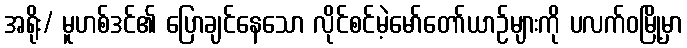
အရိုး/ မူဟစ်ဒင်၏ ပြောချင်နေသော လိုင်စင်မဲ့မော်တော်ယာဉ်များကို ပလက်ဝမြို့မှာ